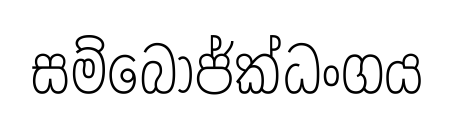
සම්බෝජ්ක්ධංගය